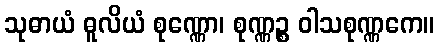
သုဓာယံ ဓူလိယံ စုဏ္ဏော၊ စုဏ္ဏဉ္စ ဝါသစုဏ္ဏကေ။